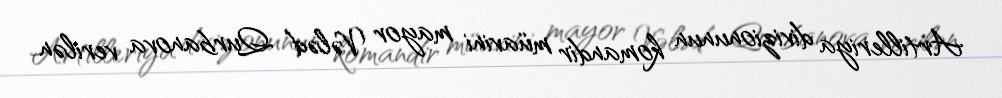
Artilleriya divizionunun komandir müavini mayor Vələd Qurbanova verilən